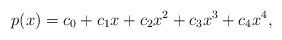
LaTeX: \begin{align*} p(x) = c_0 + c_1 x + c_2 x^2 + c_3 x^3 + c_4 x^4,\end{align*}